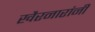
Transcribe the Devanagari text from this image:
खैरनारांनी